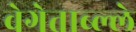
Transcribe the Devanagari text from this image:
वेगेताब्ल्ले